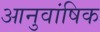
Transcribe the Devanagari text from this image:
आनुवांषिक